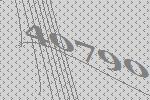
40790